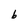
Character: b